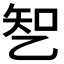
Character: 𰁆